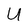
Character: U